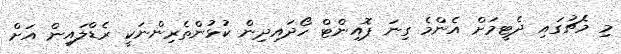
މި މެޗުގައި ދެޓީމަށް އެންމެ ގިނަ ޕޮއިންޓް ހޯދައިދިން ކުޅުންތެރިންނަކީ ރެޑްލައިން އަށް